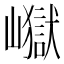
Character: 𭗢